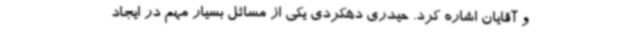
و آقایان اشاره کرد. حیدری دهکردی یکی از مسائل بسیار مهم در ایجاد